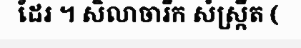
ដែរ ។ សិលាចារឹក សំស្ក្រឹត (